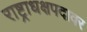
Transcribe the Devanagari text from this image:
राष्ट्राधक्षपदावर